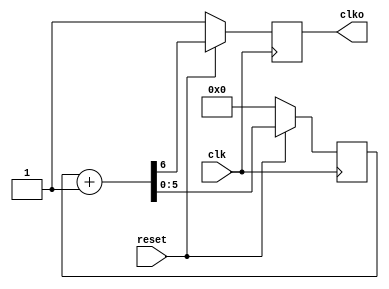
`timescale 1ns / 1ps
//////////////////////////////////////////////////////////////////////////////////
// Company: 
// Engineer: 
// 
// Design Name: 
// Module Name:    clkg 
// Project Name: 
// Target Devices: 
// Tool versions: 
// Description: 
//
// Dependencies: 
//
// Revision: 
// Revision 0.01 - File Created
// Additional Comments: 
//
//////////////////////////////////////////////////////////////////////////////////
module clkg(clko,reset,clk);
    output clko;
    input reset,clk;
    reg [5:0] count;
	 reg clko;
	 

    always @(posedge clk)
        begin
            if (!reset) 
				   begin
                count<=0; //
					 clko<=1;
				   end
            else
                {clko,count}<=count+1; //
					 
        end
		  



endmodule